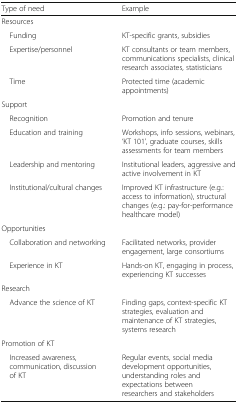
<table><thead><tr><td><b>Type of need</b></td><td><b>Example</b></td></tr></thead><tbody><tr><td colspan="2">Resources</td></tr><tr><td> Funding</td><td>KT-specific grants, subsidies</td></tr><tr><td> Expertise/personnel</td><td>KT consultants or team members, communications specialists, clinical research associates, statisticians</td></tr><tr><td> Time</td><td>Protected time (academic appointments)</td></tr><tr><td colspan="2">Support</td></tr><tr><td> Recognition</td><td>Promotion and tenure</td></tr><tr><td> Education and training</td><td>Workshops, info sessions, webinars, ‘KT 101’, graduate courses, skills assessments for team members</td></tr><tr><td> Leadership and mentoring</td><td>Institutional leaders, aggressive and active involvement in KT</td></tr><tr><td> Institutional/cultural changes</td><td>Improved KT infrastructure (e.g.: access to information), structural changes (e.g.: pay-for-performance healthcare model)</td></tr><tr><td colspan="2">Opportunities</td></tr><tr><td> Collaboration and networking</td><td>Facilitated networks, provider engagement, large consortiums</td></tr><tr><td> Experience in KT</td><td>Hands-on KT, engaging in process, experiencing KT successes</td></tr><tr><td colspan="2">Research</td></tr><tr><td> Advance the science of KT</td><td>Finding gaps, context-specific KT strategies, evaluation and maintenance of KT strategies, systems research</td></tr><tr><td colspan="2">Promotion of KT</td></tr><tr><td> Increased awareness, communication, discussion of KT</td><td>Regular events, social media development opportunities, understanding roles and expectations between researchers and stakeholders</td></tr></tbody></table>